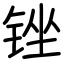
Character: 锉